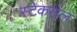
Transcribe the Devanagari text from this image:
स्टेकसेल